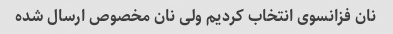
نان فزانسوی انتخاب کردیم ولی نان مخصوص ارسال شده